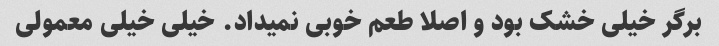
برگر خیلی خشک بود و اصلا طعم خوبی نمیداد. خیلی خیلی معمولی